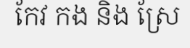
កែវ កង និង ស្រែ